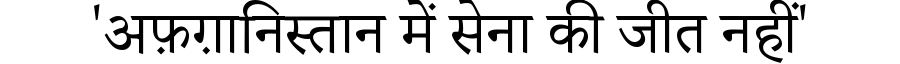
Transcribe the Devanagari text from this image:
'अफ़ग़ानिस्तान में सेना की जीत नहीं'